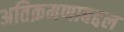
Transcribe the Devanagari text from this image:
अतिक्रमणाबद्दल